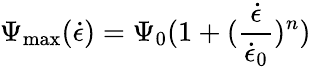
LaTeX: \Psi_{\mathrm{max}}(\dot{\epsilon})=\Psi_{0}(1+(\frac{\dot{\epsilon}}{\dot{\epsilon}_{0}})^{n})